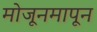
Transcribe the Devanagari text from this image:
मोजूनमापून